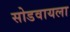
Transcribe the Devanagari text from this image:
सोडवायला